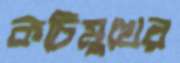
কচিমুখের